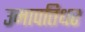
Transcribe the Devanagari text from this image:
उमापतिधर